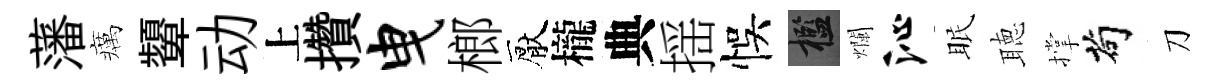
藩癘顰动上攢曳榔厭櫳典揺悞檻爛沁眠聴撑茍刀